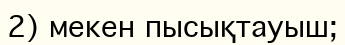
2) мекен пысықтауыш;